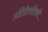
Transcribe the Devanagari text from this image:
प्रतिदेवसिकौ